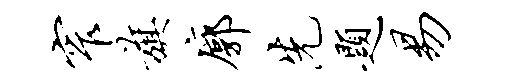
窄旗廓先题易